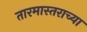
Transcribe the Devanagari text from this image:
तारमास्तराच्या